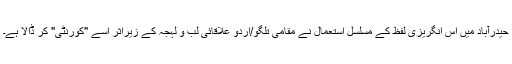
حیدرآباد میں اس انگریزی لفظ کے مسلسل استعمال نے مقامی تلگو/اردو علاقائی لب و لہجہ کے زیراثر اسے "کورنٹی" کر ڈالا ہے۔